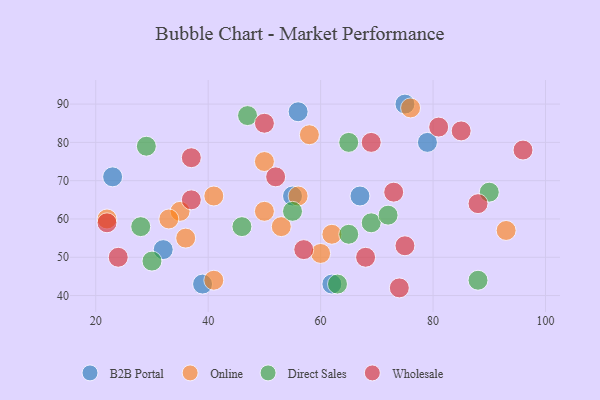
{"axis": {"x": "GDP", "y": "Life Expectancy"}, "legend": ["B2B Portal", "Direct Sales", "Online", "Wholesale"], "data": [{"x": "56", "y": 88, "type": "B2B Portal"}, {"x": "39", "y": 43, "type": "B2B Portal"}, {"x": "75", "y": 90, "type": "B2B Portal"}, {"x": "79", "y": 80, "type": "B2B Portal"}, {"x": "55", "y": 66, "type": "B2B Portal"}, {"x": "23", "y": 71, "type": "B2B Portal"}, {"x": "67", "y": 66, "type": "B2B Portal"}, {"x": "62", "y": 43, "type": "B2B Portal"}, {"x": "32", "y": 52, "type": "B2B Portal"}, {"x": "56", "y": 66, "type": "Online"}, {"x": "41", "y": 66, "type": "Online"}, {"x": "41", "y": 44, "type": "Online"}, {"x": "58", "y": 82, "type": "Online"}, {"x": "36", "y": 55, "type": "Online"}, {"x": "60", "y": 51, "type": "Online"}, {"x": "53", "y": 58, "type": "Online"}, {"x": "62", "y": 56, "type": "Online"}, {"x": "50", "y": 75, "type": "Online"}, {"x": "76", "y": 89, "type": "Online"}, {"x": "35", "y": 62, "type": "Online"}, {"x": "33", "y": 60, "type": "Online"}, {"x": "93", "y": 57, "type": "Online"}, {"x": "50", "y": 62, "type": "Online"}, {"x": "22", "y": 60, "type": "Online"}, {"x": "46", "y": 58, "type": "Direct Sales"}, {"x": "29", "y": 79, "type": "Direct Sales"}, {"x": "65", "y": 56, "type": "Direct Sales"}, {"x": "47", "y": 87, "type": "Direct Sales"}, {"x": "28", "y": 58, "type": "Direct Sales"}, {"x": "90", "y": 67, "type": "Direct Sales"}, {"x": "88", "y": 44, "type": "Direct Sales"}, {"x": "30", "y": 49, "type": "Direct Sales"}, {"x": "65", "y": 80, "type": "Direct Sales"}, {"x": "69", "y": 59, "type": "Direct Sales"}, {"x": "63", "y": 43, "type": "Direct Sales"}, {"x": "72", "y": 61, "type": "Direct Sales"}, {"x": "55", "y": 62, "type": "Direct Sales"}, {"x": "88", "y": 64, "type": "Wholesale"}, {"x": "75", "y": 53, "type": "Wholesale"}, {"x": "73", "y": 67, "type": "Wholesale"}, {"x": "85", "y": 83, "type": "Wholesale"}, {"x": "24", "y": 50, "type": "Wholesale"}, {"x": "37", "y": 76, "type": "Wholesale"}, {"x": "68", "y": 50, "type": "Wholesale"}, {"x": "22", "y": 59, "type": "Wholesale"}, {"x": "52", "y": 71, "type": "Wholesale"}, {"x": "81", "y": 84, "type": "Wholesale"}, {"x": "96", "y": 78, "type": "Wholesale"}, {"x": "50", "y": 85, "type": "Wholesale"}, {"x": "69", "y": 80, "type": "Wholesale"}, {"x": "37", "y": 65, "type": "Wholesale"}, {"x": "57", "y": 52, "type": "Wholesale"}, {"x": "74", "y": 42, "type": "Wholesale"}]}